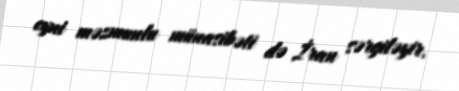
eyni məzmunlu münasibəti də İran sərgiləyir.